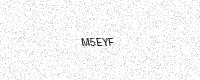
Text: M5EYF